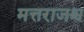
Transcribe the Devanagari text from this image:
मत्तराजश्च